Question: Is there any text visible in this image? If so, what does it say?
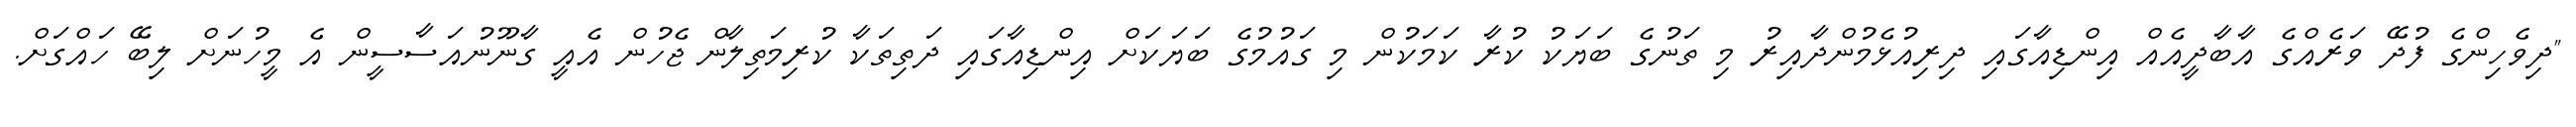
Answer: "ދިވެހިންގެ ފުދޭ ވަރެއްގެ އާބާދީއެއް އިންޑިއާގައި ދިރިއުޅެމުންދާއިރު މި ތަނުގެ ބަޔަކު ކުރާ ކަމަކުން މި ގައުމުގެ ބަޔަކަށް އިންޑިއާގައި ދަތިތަކާ ކުރިމަތިލާން ޖެހުން އެއީ ގާނޫނުއަސާސީން އެ މީހުނަށް ލިބޭ ހައްގަށް.